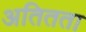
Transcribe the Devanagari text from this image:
अतितता